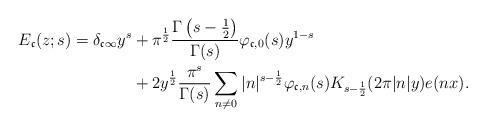
LaTeX: \begin{align*} E_\mathfrak{c}(z; s) = \delta_{ \mathfrak{c} \infty } y^s &+ \pi^\frac12 \frac{ \Gamma\left( s - \frac12 \right) }{ \Gamma(s) } \varphi_{ \mathfrak{c}, 0 }(s) y^{1 - s} \\ &+ 2 y^\frac12 \frac{ \pi^s }{ \Gamma(s) } \sum_{n \neq 0} |n|^{s - \frac12} \varphi_{ \mathfrak{c}, n }(s) K_{s - \frac12}(2 \pi |n| y) e(nx).\end{align*}